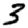
Digit: 3